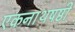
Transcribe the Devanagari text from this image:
एकनाथषष्ठी